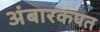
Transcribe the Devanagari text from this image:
अंबारकपत